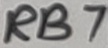
Text: RB7